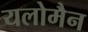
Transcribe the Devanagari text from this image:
यलोमैन